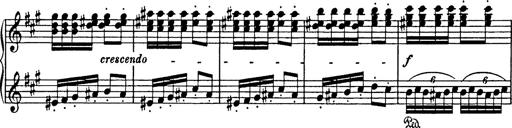
Title: Mephisto Polka
Composer: Franz Liszt